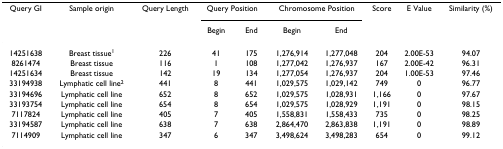
<table><thead><tr><td><b>Query GI</b></td><td><b>Sample origin</b></td><td><b>Query Length</b></td><td colspan="2"><b>Query Position</b></td><td colspan="2"><b>Chromosome Position</b></td><td><b>Score</b></td><td><b>E Value</b></td><td><b>Similarity (%)</b></td></tr><tr><td></td><td></td><td></td><td><b>Begin</b></td><td><b>End</b></td><td><b>Begin</b></td><td><b>End</b></td><td></td><td></td><td></td></tr></thead><tbody><tr><td>14251638</td><td>Breast tissue<sup>1</sup></td><td>226</td><td>41</td><td>175</td><td>1,276,914</td><td>1,277,048</td><td>204</td><td>2.00E-53</td><td>94.07</td></tr><tr><td>8261474</td><td>Breast tissue</td><td>116</td><td>1</td><td>108</td><td>1,277,042</td><td>1,276,937</td><td>167</td><td>2.00E-42</td><td>96.31</td></tr><tr><td>14251634</td><td>Breast tissue</td><td>142</td><td>19</td><td>134</td><td>1,277,054</td><td>1,276,937</td><td>204</td><td>1.00E-53</td><td>97.46</td></tr><tr><td>33194938</td><td>Lymphatic cell line<sup>2</sup></td><td>441</td><td>8</td><td>441</td><td>1,029,575</td><td>1,029,142</td><td>749</td><td>0</td><td>96.77</td></tr><tr><td>33194696</td><td>Lymphatic cell line</td><td>652</td><td>8</td><td>652</td><td>1,029,575</td><td>1,028,931</td><td>1,166</td><td>0</td><td>97.67</td></tr><tr><td>33193754</td><td>Lymphatic cell line</td><td>654</td><td>8</td><td>654</td><td>1,029,575</td><td>1,028,929</td><td>1,191</td><td>0</td><td>98.15</td></tr><tr><td>7117824</td><td>Lymphatic cell line</td><td>405</td><td>7</td><td>405</td><td>1,558,831</td><td>1,558,433</td><td>735</td><td>0</td><td>98.25</td></tr><tr><td>33194587</td><td>Lymphatic cell line</td><td>638</td><td>7</td><td>638</td><td>2,864,470</td><td>2,863,838</td><td>1,191</td><td>0</td><td>98.89</td></tr><tr><td>7114909</td><td>Lymphatic cell line</td><td>347</td><td>6</td><td>347</td><td>3,498,624</td><td>3,498,283</td><td>654</td><td>0</td><td>99.12</td></tr></tbody></table>